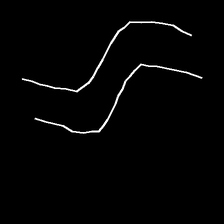
Glyph: float